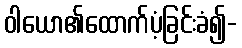
ဝါယော၏ထောက်ပံ့ခြင်းခံ၍-